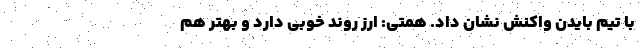
با تیم بایدن واکنش نشان داد. همتی: ارز روند خوبی دارد و ‌بهتر هم